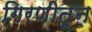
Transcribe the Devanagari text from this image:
गिरणीतून